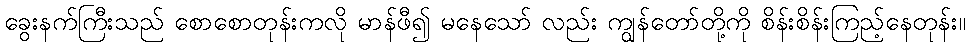
ခွေးနက်ကြီးသည် စောစောတုန်းကလို မာန်ဖီ၍ မနေသော် လည်း ကျွန်တော်တို့ကို စိန်းစိန်းကြည့်နေတုန်း။